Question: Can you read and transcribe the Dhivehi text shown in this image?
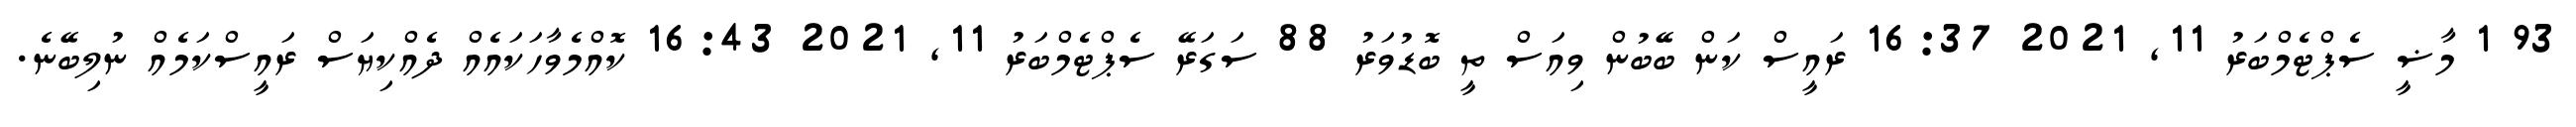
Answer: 93 1 މާޟީ ސެޕްޓެމްބަރު 11, 2021 16:37 ރައީސް ކަން ބޭބުން ވިއަސް ތީ ބޮޑުވަރު 88 ސަގަރޭ ސެޕްޓެމްބަރު 11, 2021 16:43 ކޮއްމެވާހަކައެއް ދެއްކިޔަސް ރައީސްކަމެއް ނުލިބޭނެ.